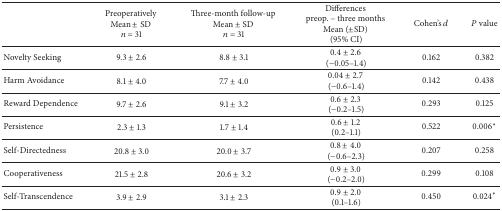
<table><thead><tr><td><b> </b></td><td><b>Preoperatively Mean ± SD <i>n</i> = 31</b></td><td><b>Three-month follow-up Mean ± SD <i>n</i> = 31</b></td><td><b>Differences preop. – three months Mean (±SD) (95% CI)</b></td><td><b>Cohen&#x27;s <i>d</i></b></td><td><b><i>P</i> value</b></td></tr></thead><tbody><tr><td>Novelty Seeking</td><td>9.3 ± 2.6</td><td>8.8 ± 3.1</td><td>0.4 ± 2.6 (−0.05–1.4)</td><td>0.162</td><td>0.382</td></tr><tr><td>Harm Avoidance</td><td>8.1 ± 4.0</td><td>7.7 ± 4.0</td><td>0.04 ± 2.7 (−0.6–1.4)</td><td>0.142</td><td>0.438</td></tr><tr><td>Reward Dependence</td><td>9.7 ± 2.6</td><td>9.1 ± 3.2</td><td>0.6 ± 2.3 (−0.2–1.5)</td><td>0.293</td><td>0.125</td></tr><tr><td>Persistence</td><td>2.3 ± 1.3</td><td>1.7 ± 1.4</td><td>0.6 ± 1.2 (0.2–1.1)</td><td>0.522</td><td>0.006<sup>*</sup></td></tr><tr><td>Self-Directedness</td><td>20.8 ± 3.0</td><td>20.0 ± 3.7</td><td>0.8 ± 4.0 (−0.6–2.3)</td><td>0.207</td><td>0.258</td></tr><tr><td>Cooperativeness</td><td>21.5 ± 2.8</td><td>20.6 ± 3.2</td><td>0.9 ± 3.0 (−0.2–2.0)</td><td>0.299</td><td>0.108</td></tr><tr><td>Self-Transcendence</td><td>3.9 ± 2.9</td><td>3.1 ± 2.3</td><td>0.9 ± 2.0 (0.1–1.6)</td><td>0.450</td><td>0.024<sup>*</sup></td></tr></tbody></table>